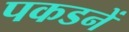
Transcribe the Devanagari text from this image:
पकडनें